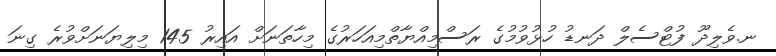
ނ.ވެލިދޫ ފުޓްސެލް ދަނޑު ހުޅުވުމުގެ ރަސްމިއްޔާތްމިއަހަރުގެ މިހާތަނަށް އައިރު 145 މިލިޔަނަށްވުރެ ގިނަ